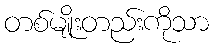
တစ်မျိုးတည်းကိုသာ